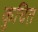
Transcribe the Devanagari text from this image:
कुचित